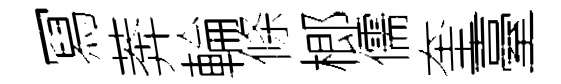
冩莾輪條榔儒奎臺